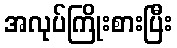
အလုပ်ကြိုးစားပြီး